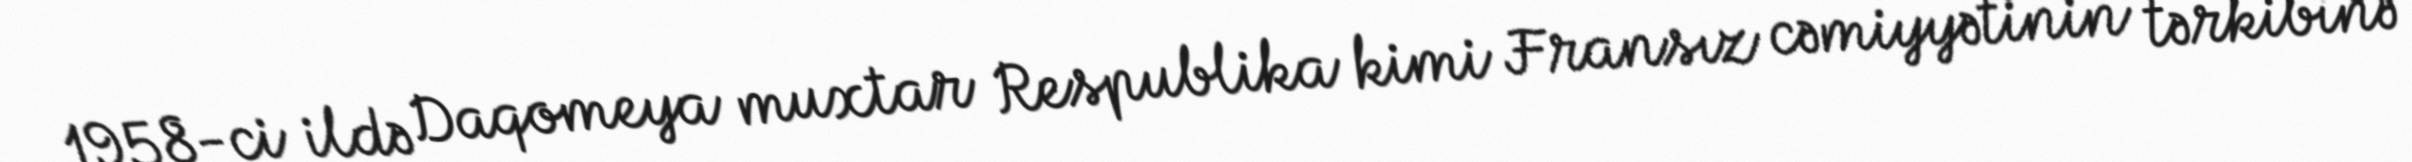
1958-ci ildə Daqomeya muxtar Respublika kimi Fransız cəmiyyətinin tərkibinə